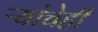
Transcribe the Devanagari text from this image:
ऱ्यांचेही